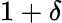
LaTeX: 1+\delta